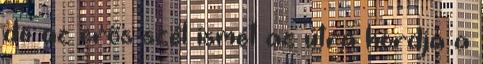
de az erős szél ismét az útra hordja a